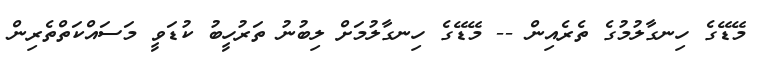
މޭޑޭގެ ހިނގާލުމުގެ ތެރެއިން -- މޭޑޭގެ ހިނގާލުމަށް ލިބުނު ތަރުހީބު ކުޑަވީ މަސައްކަތްތެރިން